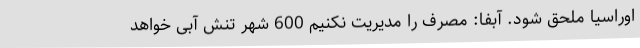
اوراسیا ملحق شود. آبفا: مصرف را مدیریت نکنیم 600 شهر تنش آبی خواهد